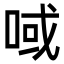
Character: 㖪